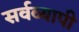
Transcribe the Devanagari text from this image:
सर्वव्‍यापी